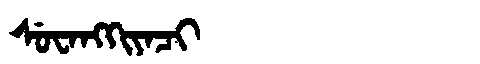
Manchu: ᠰᡠᠸᠠᠩᡴᡳᠶᠠᠴᡳ
Romanization: SUWANGKIYACI